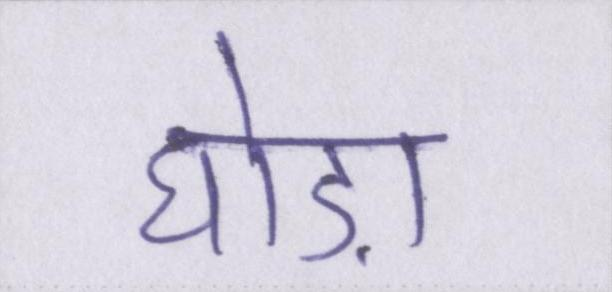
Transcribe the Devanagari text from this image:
घोड़ा